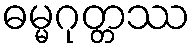
ဓမ္မဂုတ္တဿ